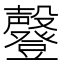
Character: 𣫤